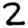
Digit: 2